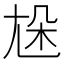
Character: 𡯦